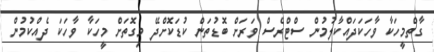
ގާތްމީހަކާ ވާހަކަދައްކާލުމުން ސްޓްރެސް ވަރަށް ބޮޑުތަން ކުޑަކޮށްދޭ މިގޮތަށް މީހަކާ ވާހަކަ ދެއްކުމުން